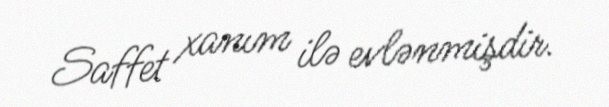
Saffet xanım ilə evlənmişdir.